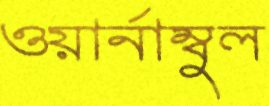
ওয়ার্নাম্বুল